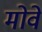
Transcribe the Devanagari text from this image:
मोवे